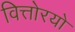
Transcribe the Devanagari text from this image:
वित्तोरयो